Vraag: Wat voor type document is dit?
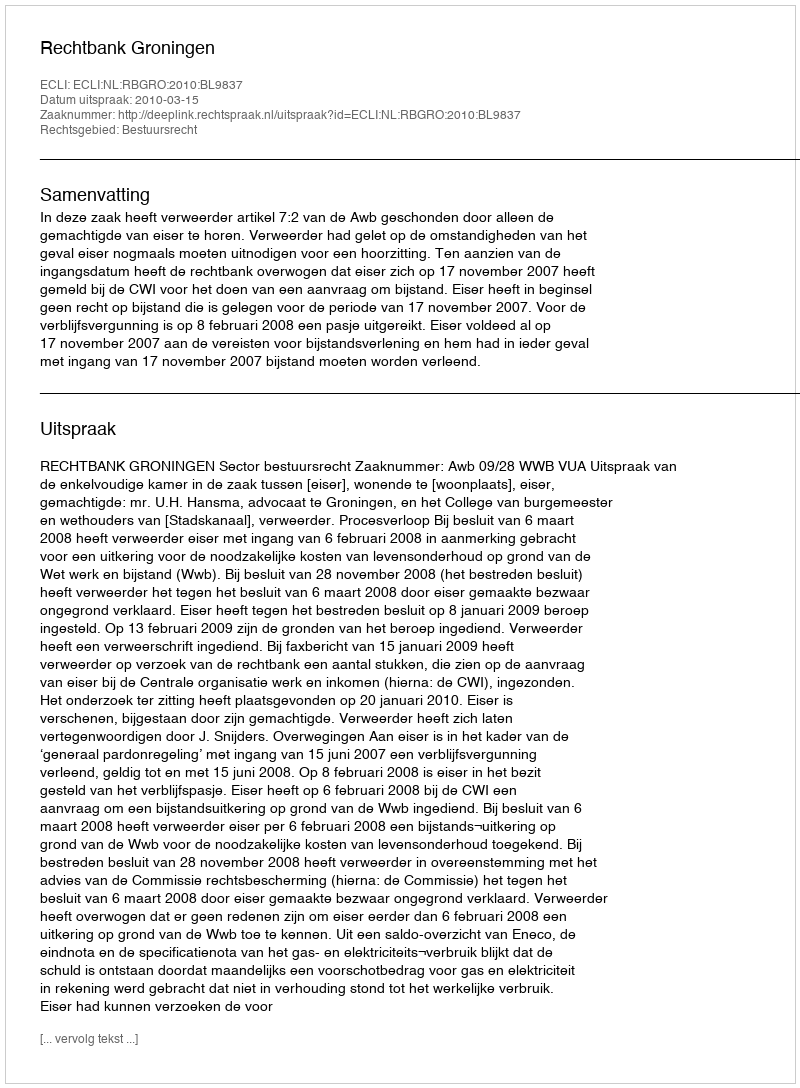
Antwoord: Uitspraak